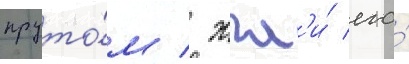
пруто́м / жгл'и́ его́